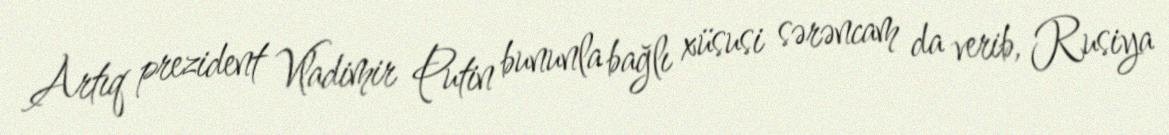
Artıq prezident Vladimir Putin bununla bağlı xüsusi sərəncam da verib, Rusiya